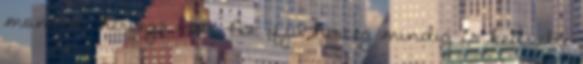
monacói hercegé volt. Az ifjú herceg mindig is kedvelte